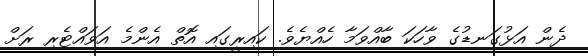
ދެން އަޅުގަނޑުގެ ވާހަކަ ބާއްވަމާ ހެއްޔެވެ. ކައިރީގައި އޮތް އެންމެ އަވައްޓެރި ރަށް